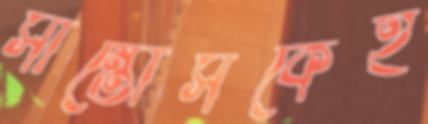
সান্তোসকেই